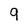
Character: 9